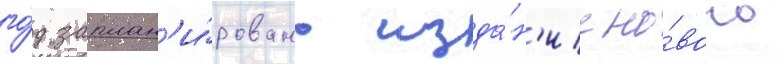
го́д заплан'и́ровано изда́н'ие но́вого